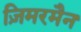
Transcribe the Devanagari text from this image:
ज़िमरमैन